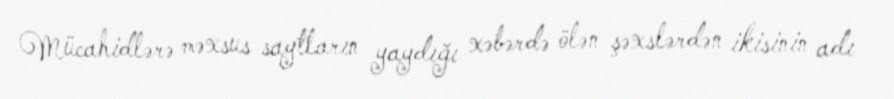
Mücahidlərə məxsus saytların yaydığı xəbərdə ölən şəxslərdən ikisinin adı